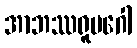
အာဘဿရူပဂေါ